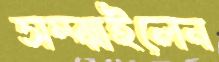
সম্‌ঝাইলেন